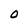
Character: o